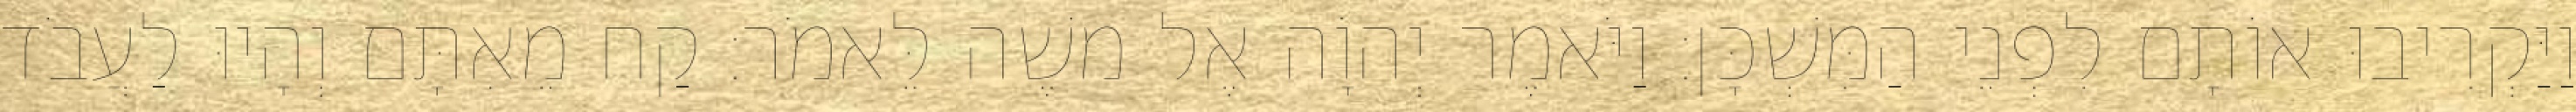
וַיַּקְרִיבוּ אוֹתָם לִפְנֵי הַמִּשְׁכָּן׃ וַיֹּאמֶר יְהוָֹה אֶל משֶׁה לֵּאמֹר׃ קַח מֵאִתָּם וְהָיוּ לַעֲבֹד